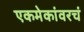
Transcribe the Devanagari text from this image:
एकमेकांवरचं